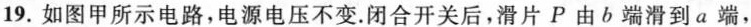
19.如图甲所示电路，电源电压不变。闭合开关后，滑片P由b端滑到a端，